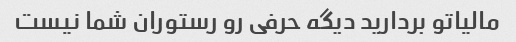
مالیاتو بردارید دیگه حرفی رو رستوران شما نیست